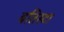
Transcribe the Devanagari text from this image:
बतिस्टा